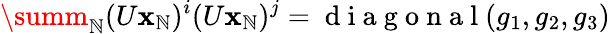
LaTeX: \summ_{\mathbb{N}}(U{\mathbf{x}}_{\mathbb{N}})^{i}(U{\mathbf{x}}_{\mathbb{N}})^{j}=\mathrm{{~d~i~a~g~o~n~a~l~}}(g_{1},g_{2},g_{3})